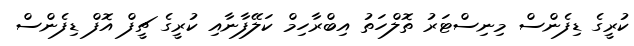
ކުރީގެ ޑިފެންސް މިނިސްޓަރު ތޮލްހަތު އިބްރާހިމް ކަލޭފާނާއި ކުރީގެ ޗީފް އޮފް ޑިފެންސް